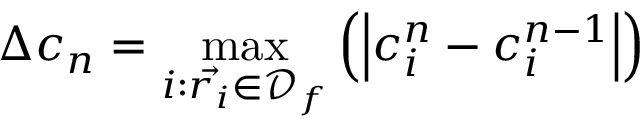
\Delta c _ { n } = \operatorname* { m a x } _ { i : \vec { r _ { i } } \in \mathcal { D } _ { f } } \left( \left| c _ { i } ^ { n } - c _ { i } ^ { n - 1 } \right| \right)